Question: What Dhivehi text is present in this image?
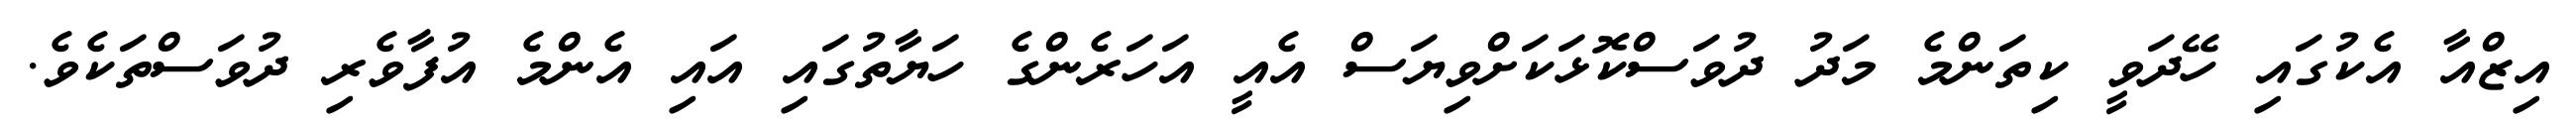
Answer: އިޒްއާ އެކުގައި ހޭދަވީ ކިތަންމެ މަދު ދުވަސްކޮޅަކަށްވިޔަސް އެއީ އަހަރެންގެ ހަޔާތުގައި އައި އެންމެ އުފާވެރި ދުވަސްތަކެވެ.